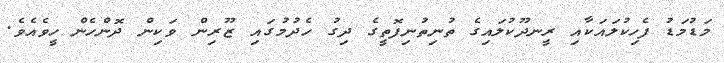
މަޑުމަޑު ފެހިކުލައަކާއި ރީނދޫކުލައިގެ ތުނިތުނިފޮތީގެ ދިގު ހެދުމުގައި ޒޫރިން ވަކިން ދޮންހެން ހީވެއެވެ.